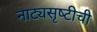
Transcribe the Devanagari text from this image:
नाट्यसृष्‍टीची